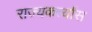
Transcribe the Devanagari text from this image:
राज्यकर्त्यांस